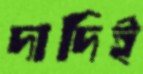
দাদিই